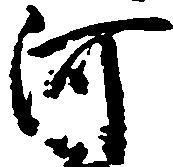
河